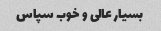
بسیار عالی و خوب سپاس